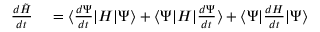
\begin{array} { r l } { \frac { d \tilde { H } } { d t } } & { { } = \langle \frac { d \Psi } { d t } | H | \Psi \rangle + \langle \Psi | H | \frac { d \Psi } { d t } \rangle + \langle \Psi | \frac { d H } { d t } | \Psi \rangle } \end{array}